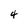
Character: 4